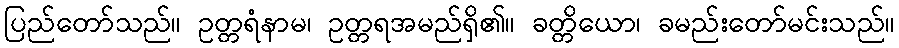
ပြည်တော်သည်။ ဥတ္တရံနာမ၊ ဥတ္တရအမည်ရှိ၏။ ခတ္တိယော၊ ခမည်းတော်မင်းသည်။